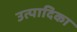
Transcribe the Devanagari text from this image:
उत्पादिका